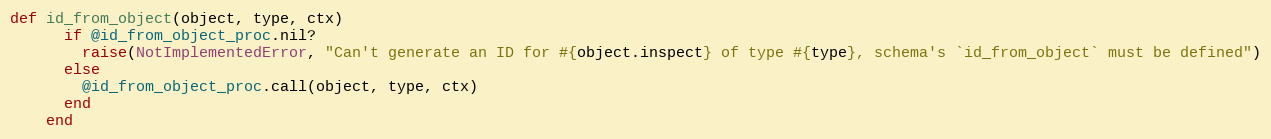
Language: Ruby
def id_from_object(object, type, ctx)
      if @id_from_object_proc.nil?
        raise(NotImplementedError, "Can't generate an ID for #{object.inspect} of type #{type}, schema's `id_from_object` must be defined")
      else
        @id_from_object_proc.call(object, type, ctx)
      end
    end